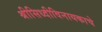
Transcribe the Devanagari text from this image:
श्रीसिध्दीविनायकाचे